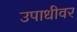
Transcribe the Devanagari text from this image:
उपाधीवर